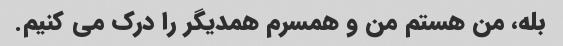
بله، من هستم من و همسرم همدیگر را درک می کنیم.